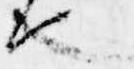
也